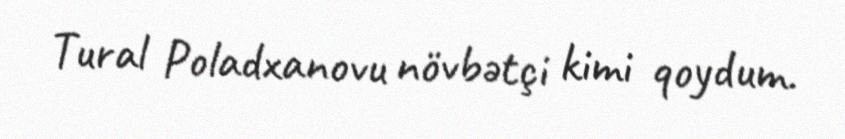
Tural Poladxanovu növbətçi kimi qoydum.